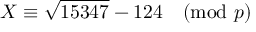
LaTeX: X \equiv { \sqrt { 1 5 3 4 7 } } - 1 2 4 { \pmod { p } }